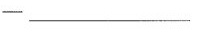
-___